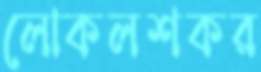
লোকলশকর